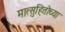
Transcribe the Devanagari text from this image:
मात्सुहितोच्या